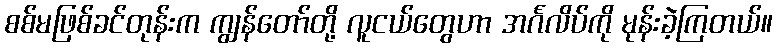
စစ်မဖြစ်ခင်တုန်းက ကျွန်တော်တို့ လူငယ်တွေဟာ အင်္ဂလိပ်ကို မုန်းခဲ့ကြတယ်။